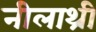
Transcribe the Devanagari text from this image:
नीलाथ्री